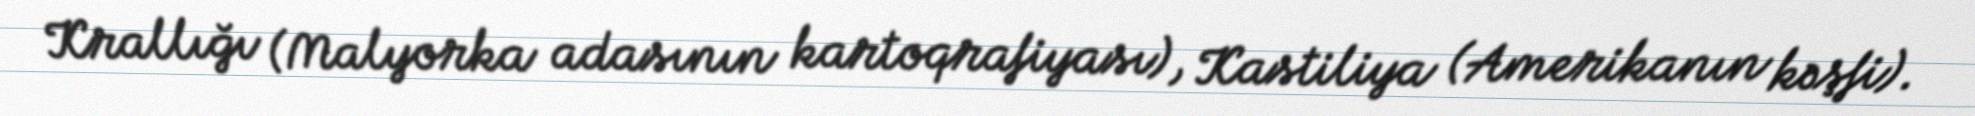
Krallığı (Malyorka adasının kartoqrafiyası), Kastiliya (Amerikanın kəşfi).